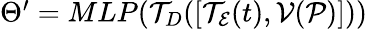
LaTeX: \begin{array}{r}{\Theta^{\prime}=MLP(\mathcal{T}_{D}([\mathcal{T}_{\mathcal{E}}(t),\mathcal{V}(\mathcal{P})]))}\end{array}